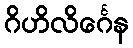
ဂိဟိလိင်္ဂေန